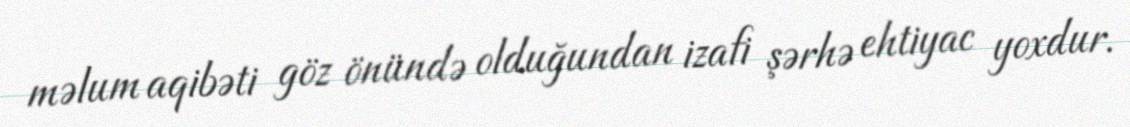
məlum aqibəti göz önündə olduğundan izafi şərhə ehtiyac yoxdur.